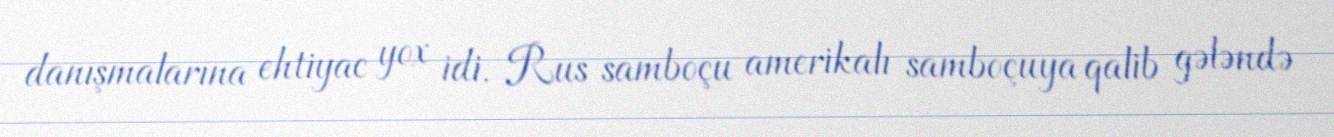
danışmalarına ehtiyac yox idi. Rus samboçu amerikalı samboçuya qalib gələndə